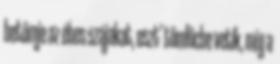
betömje az éhes szájakat, oszt’ tömlöcbe vetik, míg a